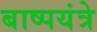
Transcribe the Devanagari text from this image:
बाष्पयंत्रे